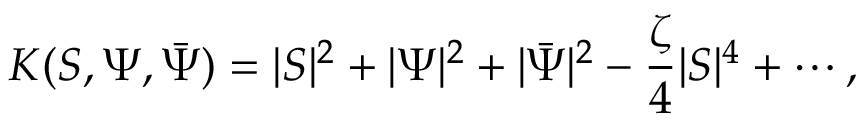
K ( S , \Psi , \bar { \Psi } ) = | S | ^ { 2 } + | \Psi | ^ { 2 } + | \bar { \Psi } | ^ { 2 } - \frac { \zeta } { 4 } | S | ^ { 4 } + \cdots ,